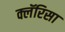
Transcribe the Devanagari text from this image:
क्लॅरिसा